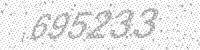
Solution: 695233